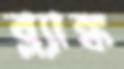
ব্ল্যাঙ্ক